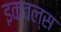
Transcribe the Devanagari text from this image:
इक्वल्स